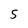
Character: 5